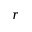
r